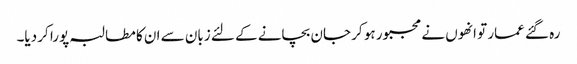
رہ گئے عمار تو انھوں نے مجبور ہو کر جان بچانے کے لئے زبان سے ان کا مطالبہ پورا کر دیا۔